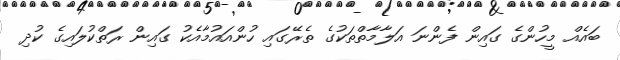
ބައެއް މީހުންގެ ގައިން ފެންނަ އަލާމާތްތަކުގެ ތެރޭގައި ހުންއައުމާއެކު ގައިން ރަތްކުލައިގެ ކުދި